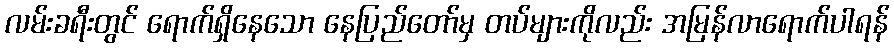
လမ်းခရီးတွင် ရောက်ရှိနေသော နေပြည်တော်မှ တပ်များကိုလည်း အမြန်လာရောက်ပါရန်